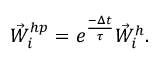
{ \vec { W } } _ { i } ^ { h p } = e ^ { \frac { - \Delta t } { \tau } } { \vec { W } } _ { i } ^ { h } .